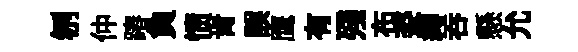
刎仲蹖負愤肯誤鹰有殘布姿縛吞懸允